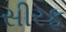
સીરફ